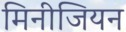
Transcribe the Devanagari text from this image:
मिनीजियन